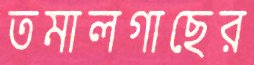
তমালগাছের